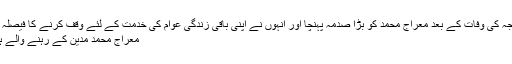
زوجہ کی وفات کے بعد معراج محمد کو بڑا صدمہ پہنچا اور انہوں نے اپنی باقی زندگی عوام کی خدمت کے لئے وقف کرنے کا فیصلہ کیا
معراج محمد مدین کے رہنے والے ہیں۔